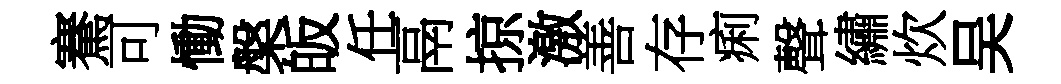
騫可慟槃皈任鬲掠激善存痢聲繡炊吴